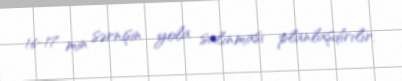
16-17 min sərnişin yola salınması planlaşdırılır.